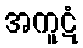
အကူဋံ